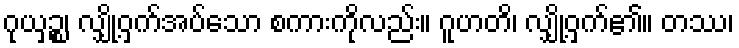
ဂုယှဉ္စ၊ လျှို့ဝှက်အပ်သော စကားကိုလည်း။ ဂူဟတိ၊ လျှို့ဝှက်၏။ တဿ၊